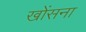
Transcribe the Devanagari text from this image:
खोंसना